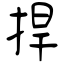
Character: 捍